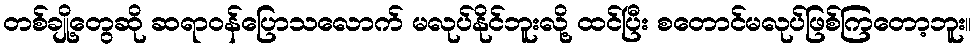
တစ်ချို့တွေဆို ဆရာဝန်ပြောသလောက် မလုပ်နိုင်ဘူးလို့ ထင်ပြီး စတောင်မလုပ်ဖြစ်ကြတော့ဘူး။